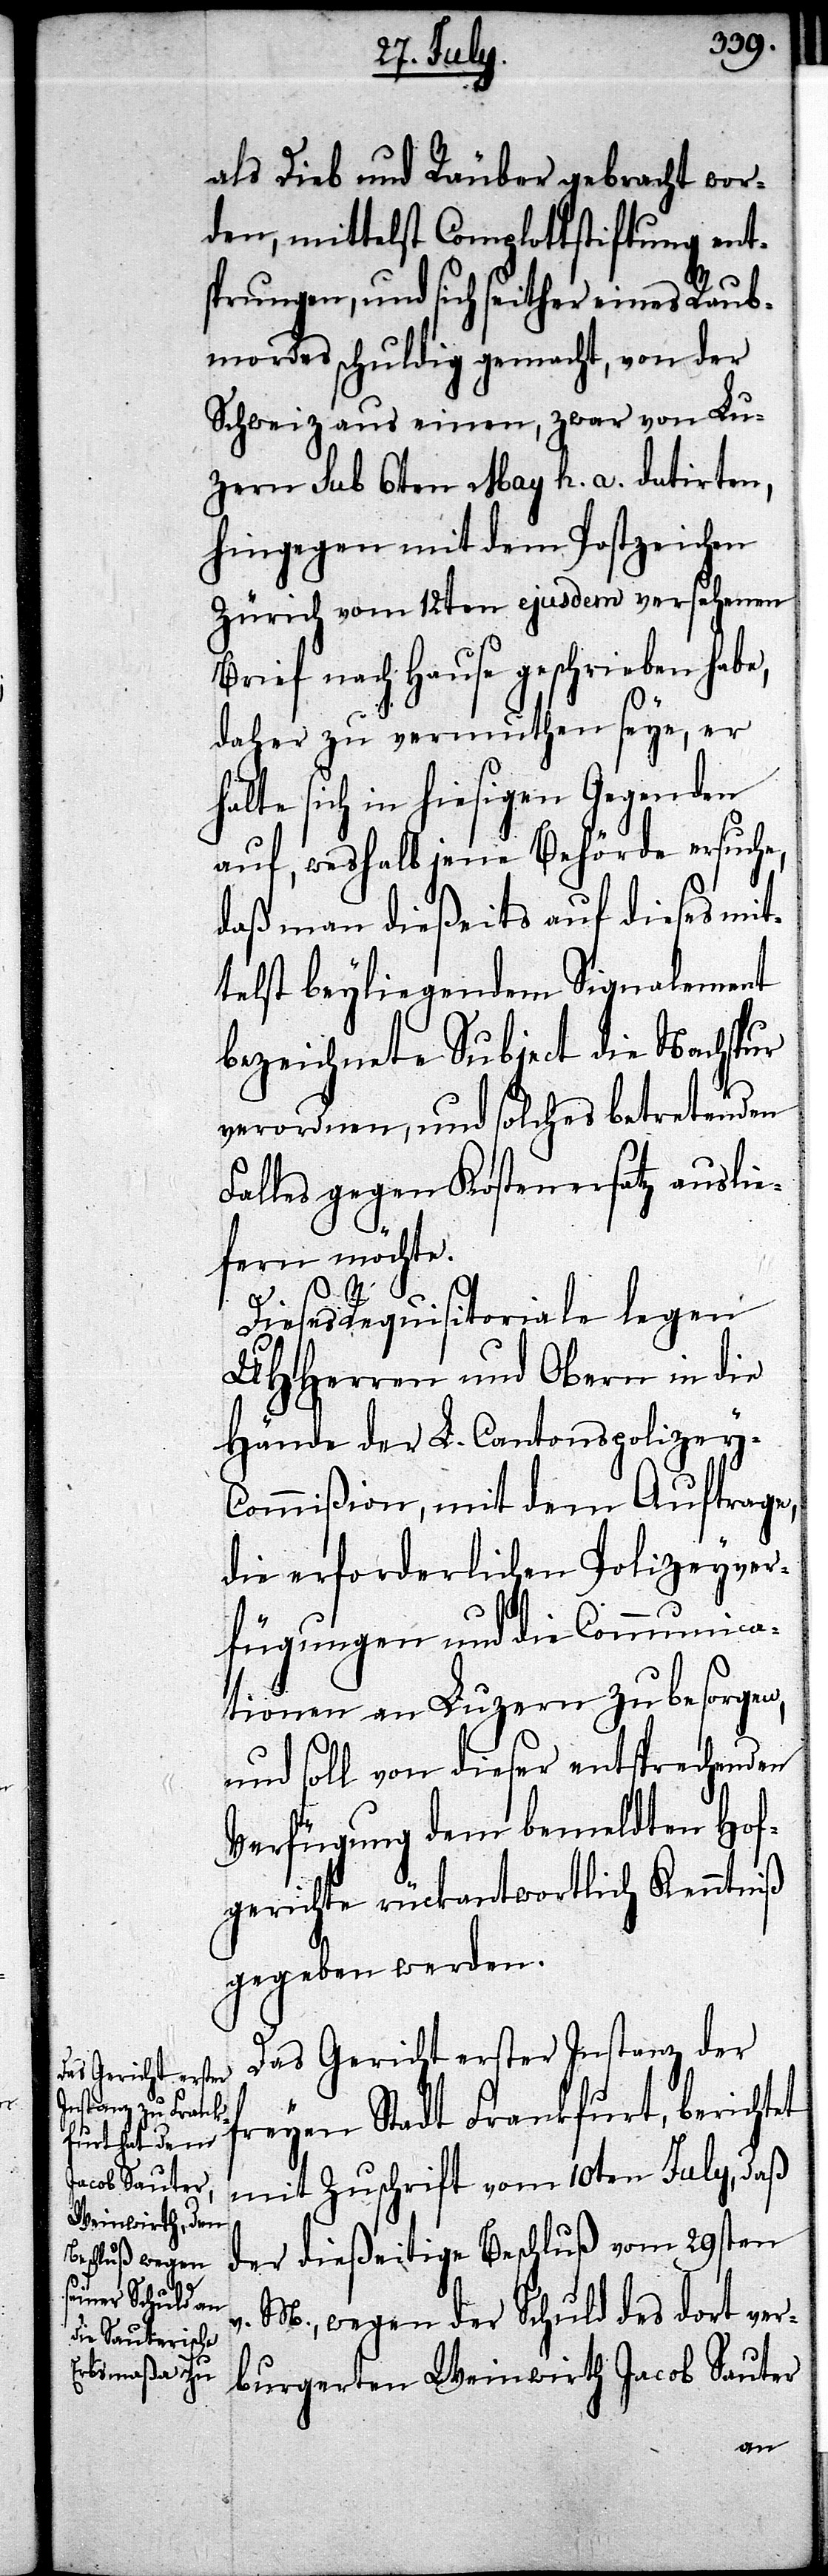
als Dieb und Räuber gebracht wor¬
den, mittelst Complottstiftung ent¬
sprungen, und sich seither eines Raub¬
mordes schuldig gemacht, von der
Schweiz aus einen, zwar von Lu¬
zern sub 6ten May h. a. datirten,
hingegen mit dem Postzeichen
Zürich vom 12ten ejusdem versehenen
Brief nach Hause geschrieben hab¬
daher zu vermuthen seye, er
halte sich in hiesigen Gegenden
auf, weshalb jene Behörde ersuche,
daß man dießeits auf dieses mit¬
telst beyliegendem Signalement
bezeichnete Subject die Nachspur
verordnen, und solches betretenden
Falles gegen Kostenersatz auslie¬
fern möchte.
Dieses Requisitoriale legen
UHHerren und Obern in die
Hände der L. Cantonspolizey-C¬
ommißion, mit dem Auftrage,
die erforderlichen Polizeyver¬
fügungen und die Communica¬
tionen an Luzern zu besorgen,
und soll von dieser entsprechenden
Verfügung dem bemeldten Hof¬
gerichte rückantwortlich Kenntniß
gegeben werden.
Das Gericht erster Instanz der
freyen Stadt Frankfurt, berichtet
mit Zuschrift vom 10ten July, daß
der dießeitige Beschluß vom 29sten
M., wegen der Schuld des dort ver¬
burgerten Weinwirth Jacob Sauter
e,